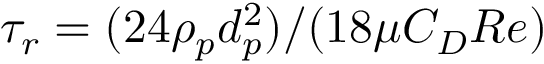
\tau _ { r } = ( 2 4 \rho _ { p } d _ { p } ^ { 2 } ) / ( 1 8 \mu C _ { D } R e )